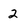
Character: 2